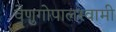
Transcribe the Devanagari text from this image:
वेणुगोपालस्‍वामी